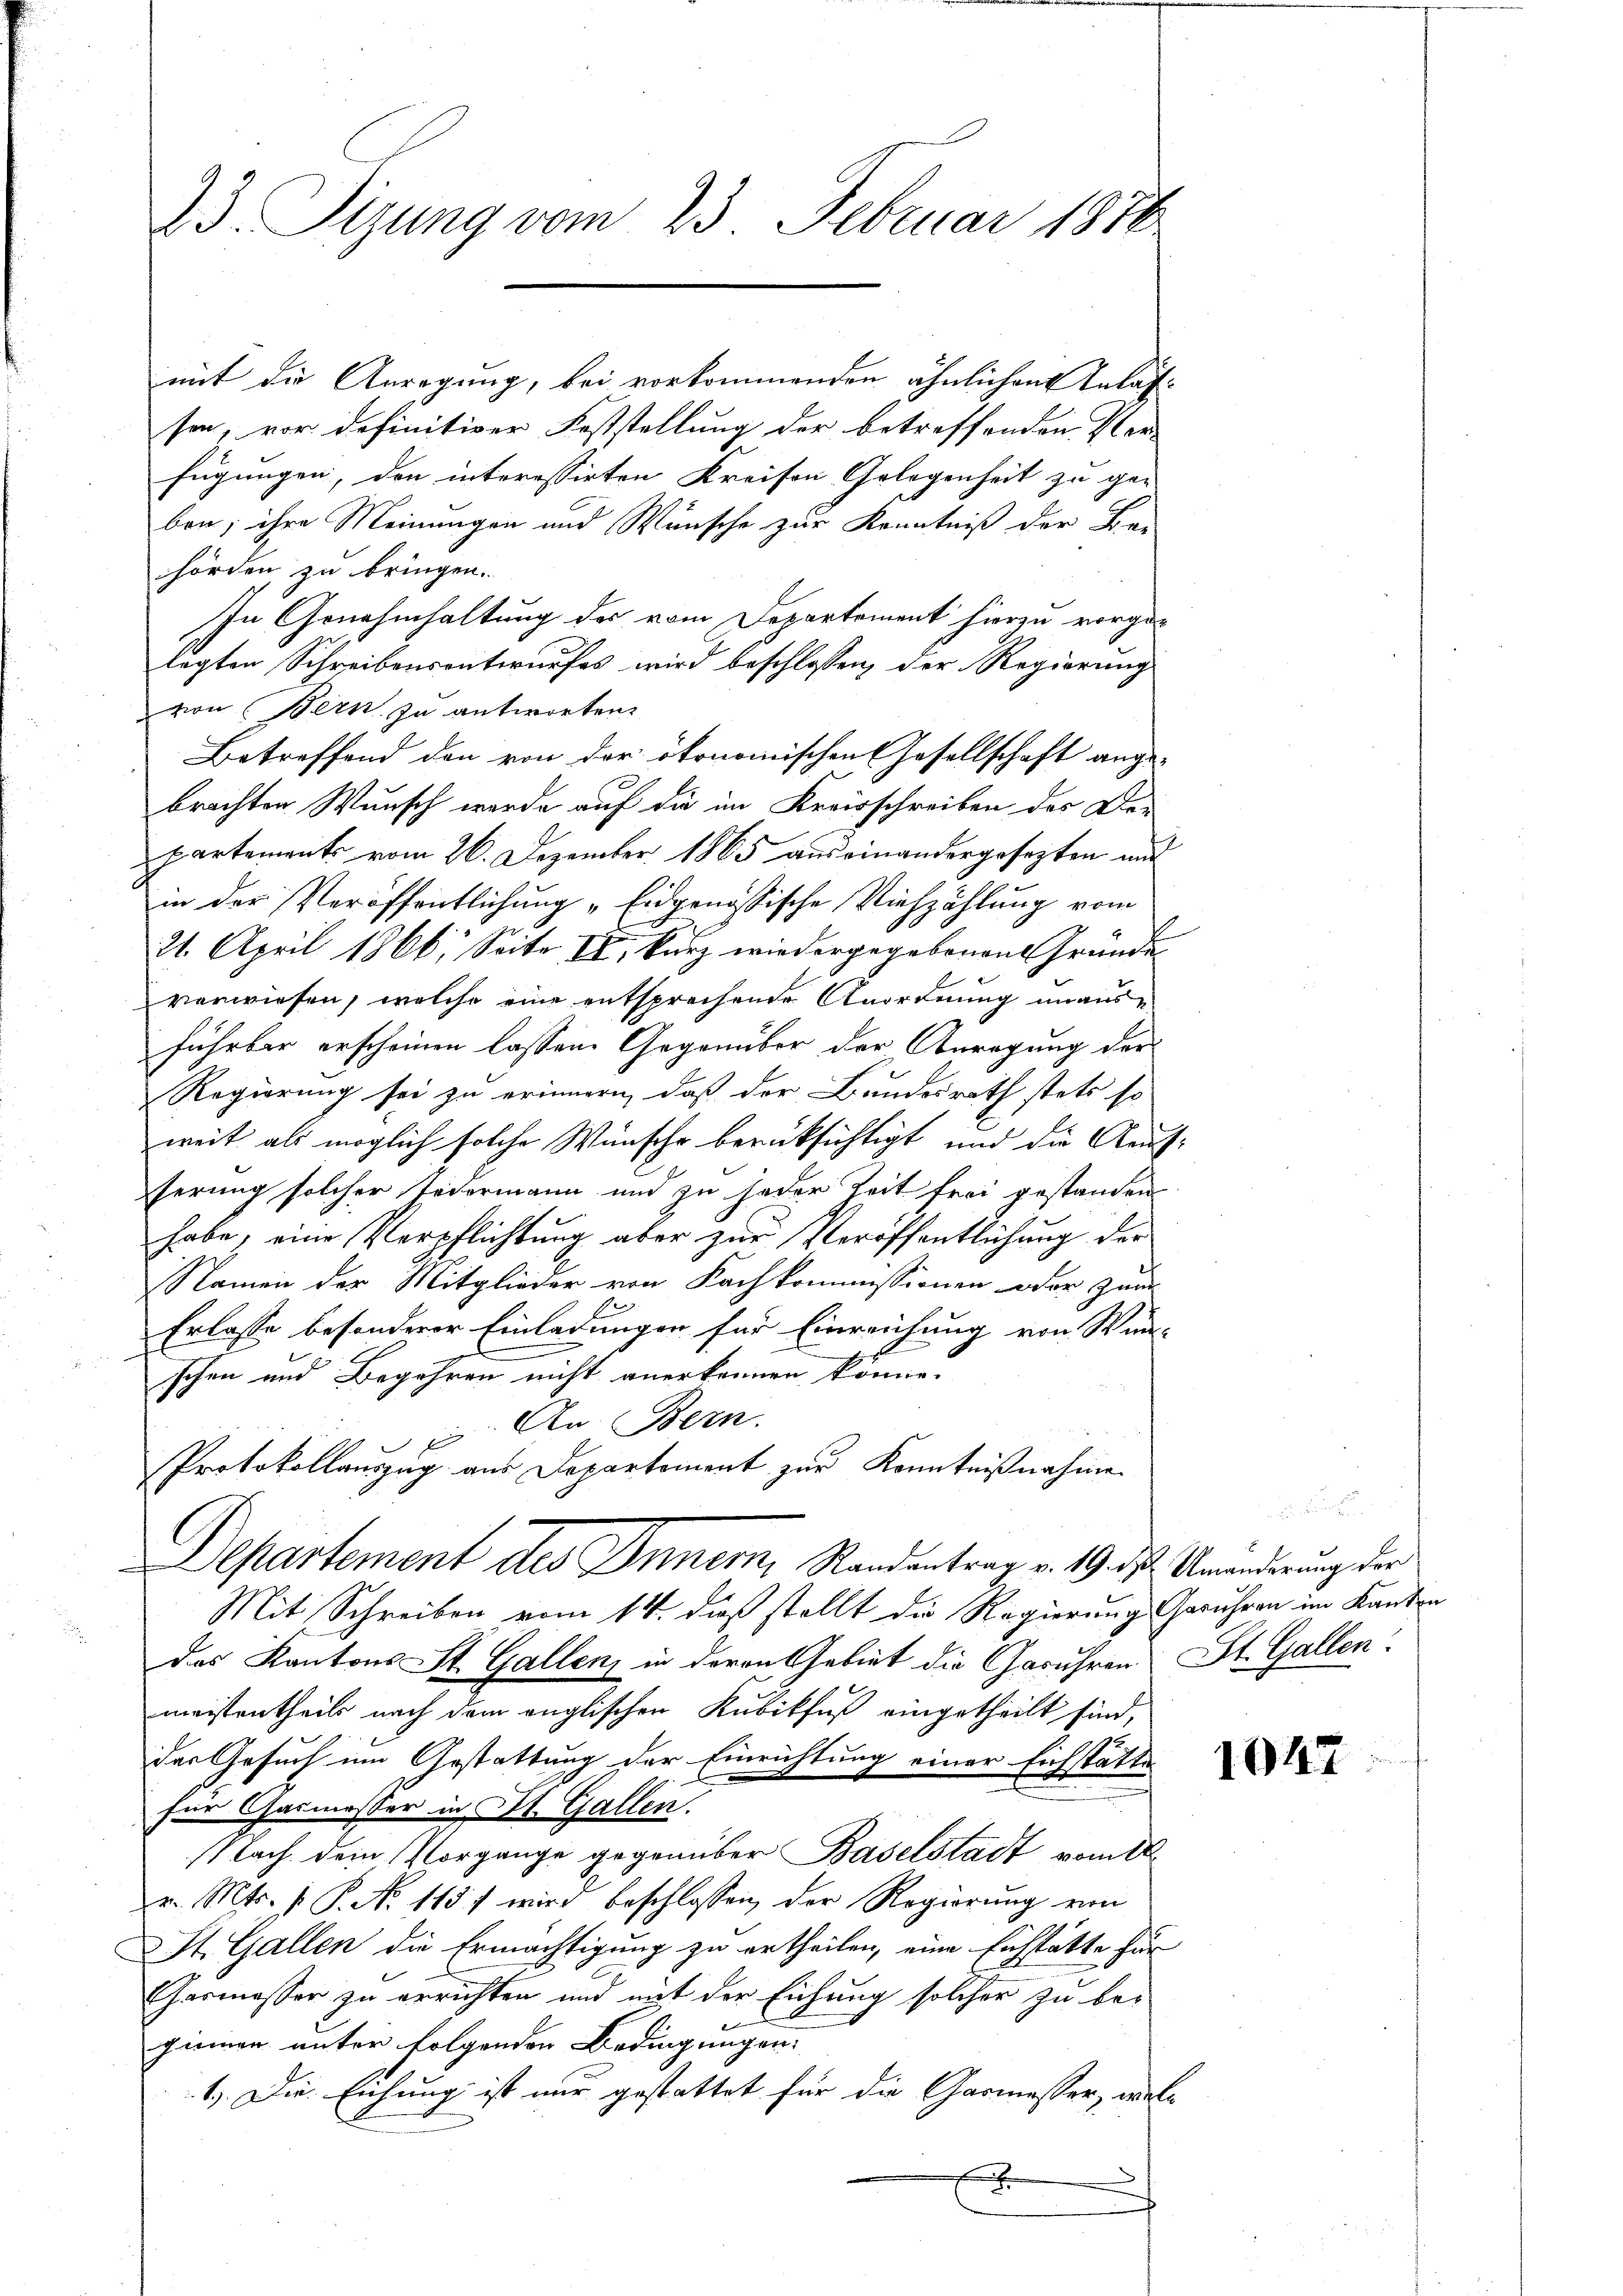
23. Sizung vom 23. Februar 1876

mit die Anregung, bei vorkommenden ähnlichen Anlassen, vor definitiver Feststellung der betreffenden Verfügungen, den interessirten Kreisen Gelegenheit zu ge-
ben; ihre Meinungen und Wünsche zur Kenntniß der Be-
hörden zu bringen.
In Genehmhaltung des vom Departement hierzu vorge-
legten Schreibensentwurfes wird beschlossen, der Regierung
von Bern zu antworten.
Betreffend den von der ökonomischen Gesellschaft ange-
brachten Wunsch werde auf die im Kreisschreiben der De-
partements vom 26. Dezember 1865 auseinandergesezten und
in der Veröffentlichung „Eidgenössische Viehzählung vom
21. April 1866, Seite II, kurz wiedergegebenen Gründe
verwiesen, welche eine entsprechende Anordnung unausführbar erscheinen lassen. Gegenüber der Anregung der
Regierung sei zu erinnern, daß der Bundesrath stets so
weit als möglich solche Wünsche berüksichtigt, und die Aeufserung solcher Teiermann und zu jeder Zeit frei gestanden
habe, eine Verpflichtung aber zur Veröffentlichung der
Namen der Mitglieder von Kachkommissionen oder zwi
Erlasse besonderer Einladungen für Einreichung von Win-
schen und Begehren nicht anerkennen könne.
An Bern.
Protokollauszug aus Departement zur Kenntnißnahme
Departement des Innern, Randantrag v. 19. ds. Amanderung der
Mit Schreiben vom 14. dieß stellt die Regierung Geruhren im Kanton
Das Kantons St. Gallen, in deren Gebiet die Geruhren St. Gallen.
meistentheils nach dem englischen Kubikfuß eingetheilt sind,
der Gesuch um Gestattung der Einrichtung einer Eichstätte
für Carmesser in St. Gallen.
Nach dem Vorgange gegenüber Baselstadt vom 1
v. Mts. v. P. No 1157 wird beschlossen, der Regierung von
St. Gallen die Ermächtigung zu ertheilen, eine Eichstätte für
Carmesser zu errichten und mit der Eichung solcher zu be-
giemen unter folgenden Bedingungen.
1.) Die Eichung ist nur gestattet für die Garmesser, welc
.

1047